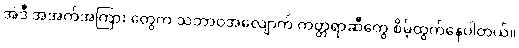
အဲဒီ အအက်အကြား တွေက သဘာဝအလျောက် ကတ္တရာဆီတွေ စိမ့်ထွက်နေပါတယ်။